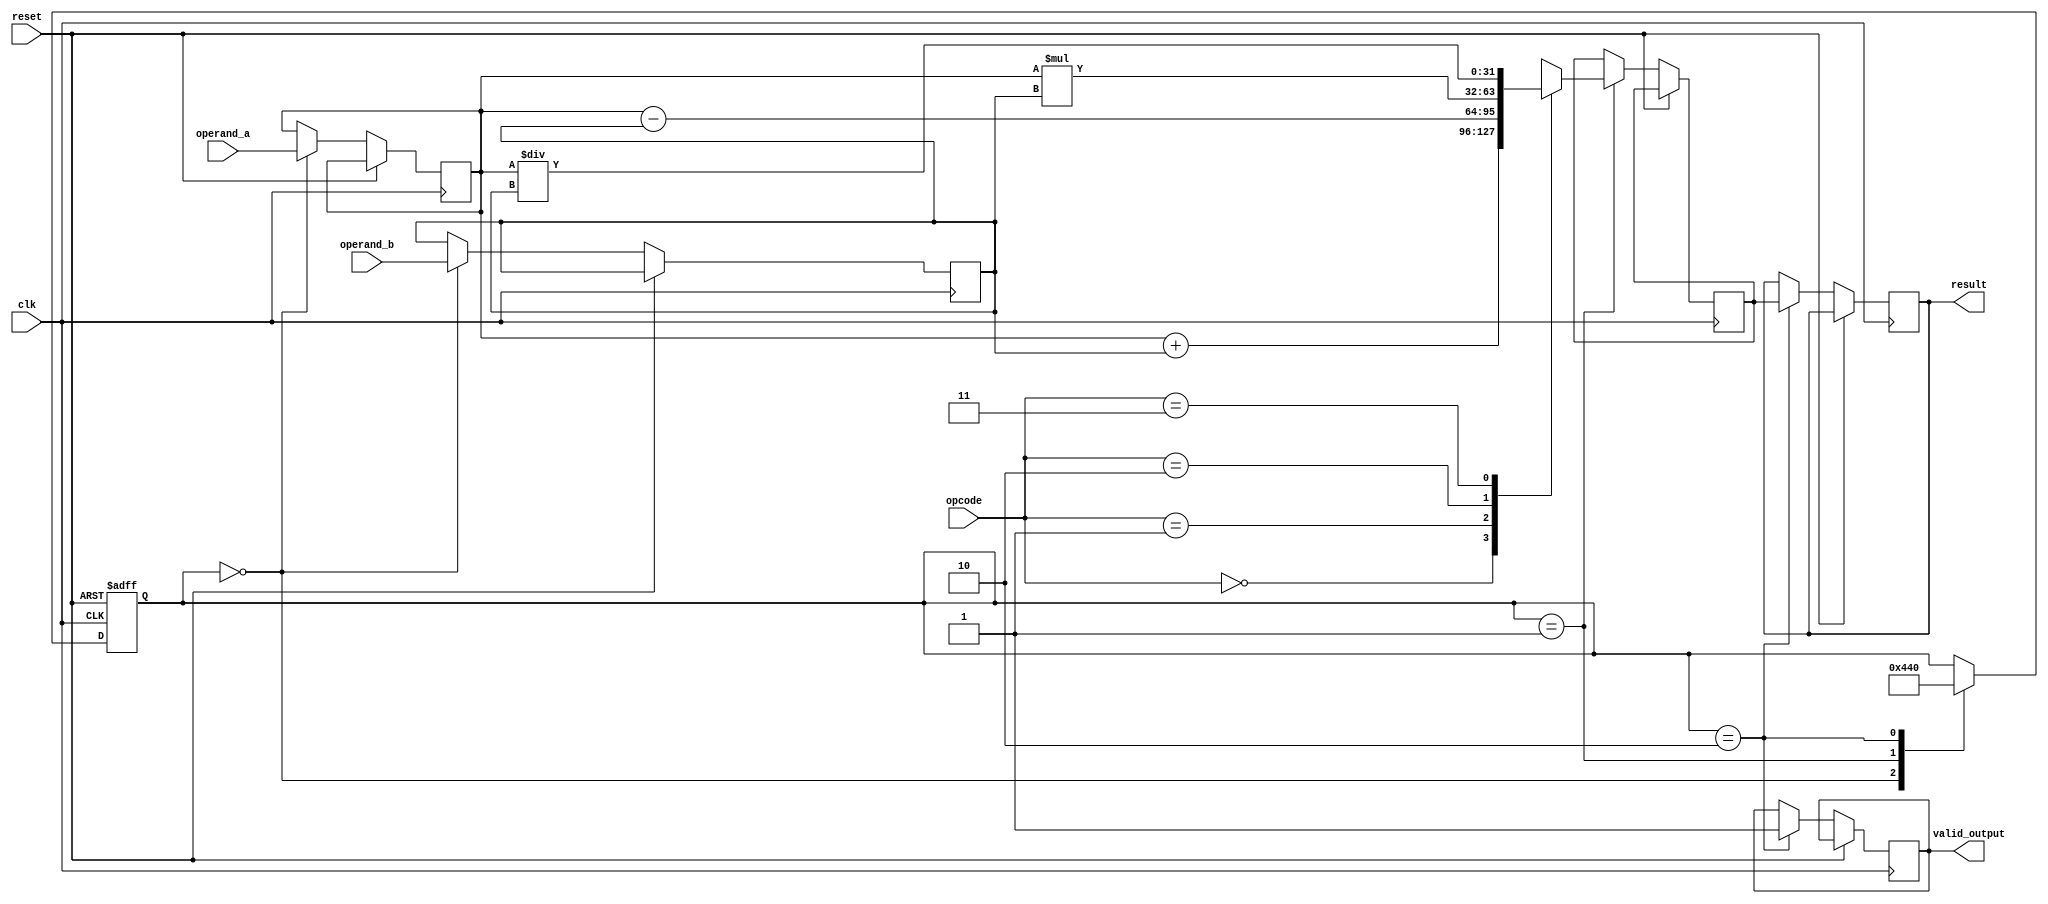
module single_precision_fpu (
  input wire clk,
  input wire reset,
  input wire [31:0] operand_a,
  input wire [31:0] operand_b,
  input wire [1:0] opcode, // 00 - addition, 01 - subtraction, 10 - multiplication, 11 - division
  output wire valid_output,
  output wire [31:0] result
);

  // Register declarations
  reg [31:0] a_reg, b_reg, result_reg;
  reg [4:0] state;
  
  // Control logic
  always @ (posedge clk or posedge reset) begin
    if (reset) begin
      state <= 0;
    end else begin
      case (state)
        0: begin // Fetch operands
          a_reg <= operand_a;
          b_reg <= operand_b;
          state <= 1;
        end
        
        1: begin // Perform arithmetic operation
          case (opcode)
            2'b00: result_reg <= a_reg + b_reg; // addition
            2'b01: result_reg <= a_reg - b_reg; // subtraction
            2'b10: result_reg <= a_reg * b_reg; // multiplication
            2'b11: result_reg <= a_reg / b_reg; // division
          endcase
          state <= 2;
        end
        
        2: begin // Output result
          valid_output <= 1;
          result <= result_reg;
          state <= 0;
        end
      endcase
    end
  end
  
endmodule